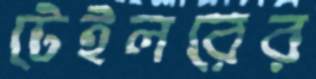
টেইলরের